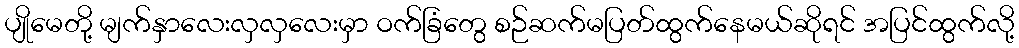
ပျိုမေတို့ မျက်နှာလေးလှလှလေးမှာ ဝက်ခြံတွေ စဉ်ဆက်မပြတ်ထွက်နေမယ်ဆိုရင် အပြင်ထွက်လို့